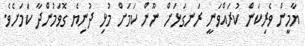
ޔާމީން ވެރިކަން ކުރައްވަނީ ރަނގަޅަށް ނޫން ކަމަށް މުޅި ދުނިޔެ ގޮވަމުންދާ ކަމަށެވެ.